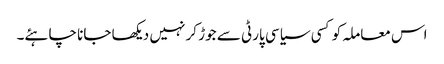
اس معاملہ کو کسی سیاسی پارٹی سے جوڑ کر نہیں دیکھا جانا چاہئے۔